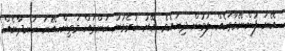
އޭނަ ފުންނޭވާތަކެއް ލަމުން ދިޔައެވެ. އޭރު ކުރެވުނު ކަންތައް މަތިން އޭނަ ހަނދާނެއް